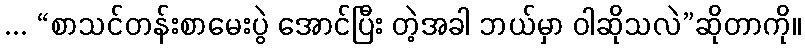
... “စာသင်တန်းစာမေးပွဲ အောင်ပြီး တဲ့အခါ ဘယ်မှာ ဝါဆိုသလဲ”ဆိုတာကို။